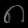
Digit: ၈